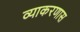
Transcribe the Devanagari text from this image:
व्याकरणास